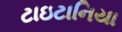
ટાઇટાનિયા